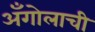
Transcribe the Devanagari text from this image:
अँगोलाची